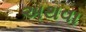
અથવા